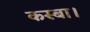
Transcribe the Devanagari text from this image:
कस्बा।